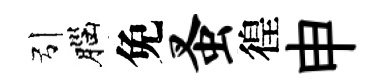
引腦免蚤徨申